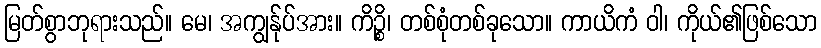
မြတ်စွာဘုရားသည်။ မေ၊ အကျွန်ုပ်အား။ ကိဉ္စိ၊ တစ်စုံတစ်ခုသော။ ကာယိကံ ဝါ၊ ကိုယ်၏ဖြစ်သော